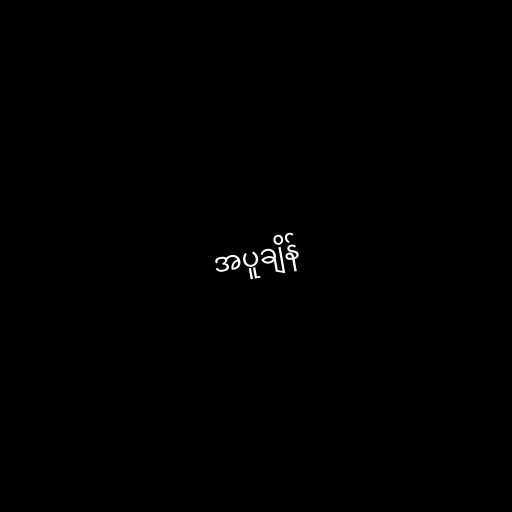
အပူချိန်